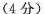
(4分)